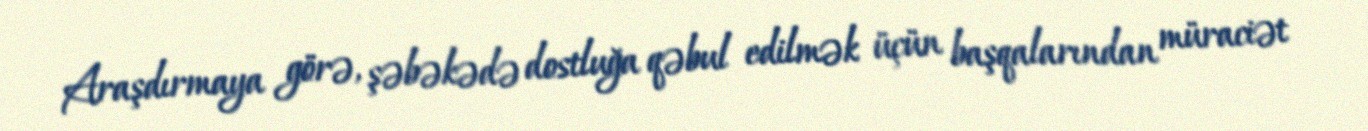
Araşdırmaya görə, şəbəkədə dostluğa qəbul edilmək üçün başqalarından müraciət